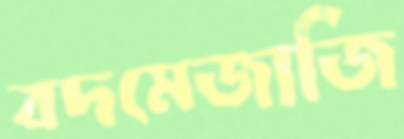
বদমেজাজি